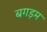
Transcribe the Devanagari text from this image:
बगड़म